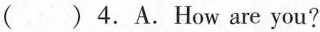
( )4.A.How are you?